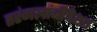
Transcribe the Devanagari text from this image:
तरंगलांबींपेक्षा